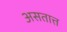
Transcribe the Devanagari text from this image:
असतात्त